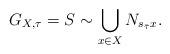
LaTeX: \begin{align*}G_{X, \tau}=S\sim \bigcup_{x\in X}N_{s_{\bar{\tau}}x}.\end{align*}